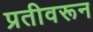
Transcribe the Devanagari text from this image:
प्रतीवरून